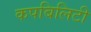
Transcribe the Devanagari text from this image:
कपबिलिटी